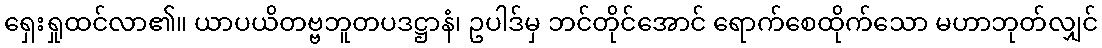
ရှေးရှုထင်လာ၏။ ယာပယိတဗ္ဗဘူတပဒဋ္ဌာနံ၊ ဥပါဒ်မှ ဘင်တိုင်အောင် ရောက်စေထိုက်သော မဟာဘုတ်လျှင်